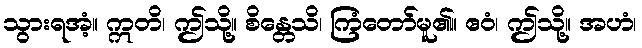
သွားရအံ့။ ဣတိ၊ ဤသို့။ စိန္တေသိ၊ ကြံတော်မူ၏။ ဧဝံ၊ ဤသို့။ အဟံ၊